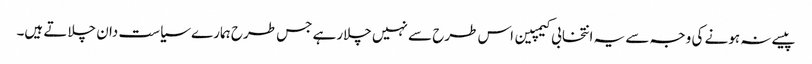
پیسے نہ ہونے کی وجہ سے یہ انتخابی کیمپین اس طرح سے نہیں چلارہے جس طرح ہمارے سیاست دان چلاتے ہیں۔